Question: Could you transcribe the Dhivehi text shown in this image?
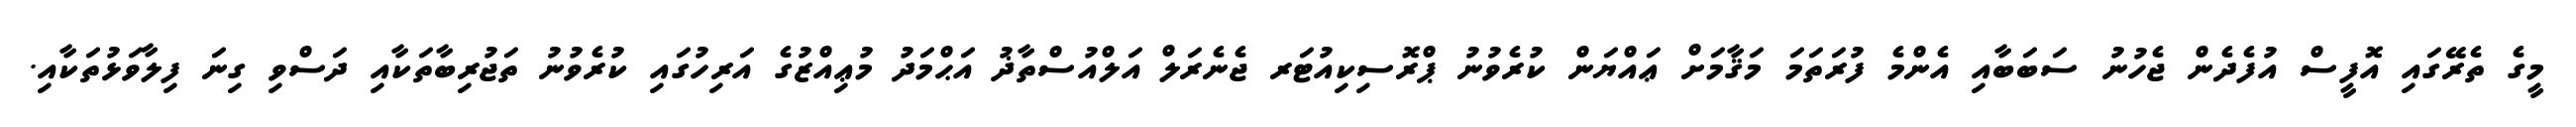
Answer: މީގެ ތެރޭގައި އޮފީސް އުފެދެން ޖެހުނު ސަބަބާއި އެންމެ ފުރަތަމަ މަޤާމަށް ޢައްޔަން ކުރެވުނު ޕްރޮސިކިއުޓަރ ޖެނެރަލް އަލްއުސްތާޛު އަޙްމަދު މުޢިއްޒުގެ އަރިހުގައި ކުރެވުނު ތަޖުރިބާތަކާއި ދަސްވި ގިނަ ފިލާވަޅުތަކާއި.